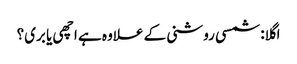
اگلا: شمسی روشنی کے علاوہ ہے اچھی یا بری؟